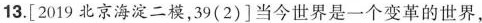
13.[2019北京海淀二模，39(2)]当今世界是一个变革的世界，